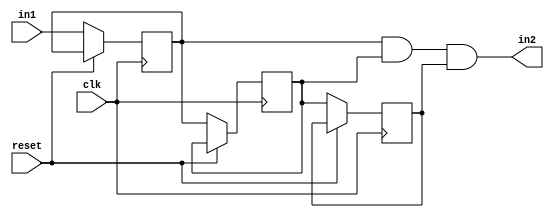
`timescale 1ns / 1ps
//////////////////////////////////////////////////////////////////////////////////

module debouncer( input in1, input clk, reset, output in2 );
reg Q0,Q1,Q;
always @ (posedge clk or posedge reset) 
begin
    if (!reset) begin
    Q0  <= in1;
    Q1 <= Q0;
    Q<= Q1;
    end
end
assign in2 = Q0 & Q1 & Q ;
endmodule